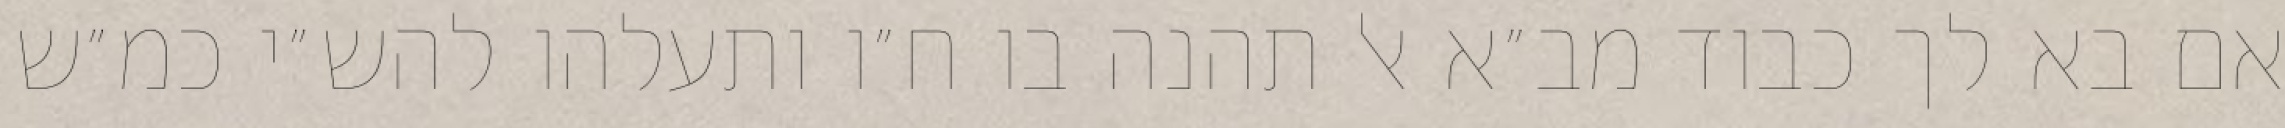
אם בא לך כבוד מב״א אל תהנה בו ח״ו ותעלהו להש״י כמ״ש